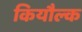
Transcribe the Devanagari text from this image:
कियौल्क